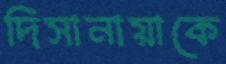
দিসানায়াকে